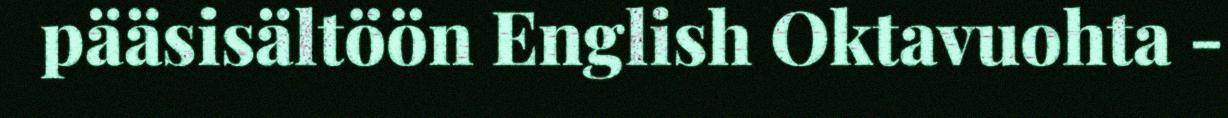
pääsisältöön English Oktavuohta -